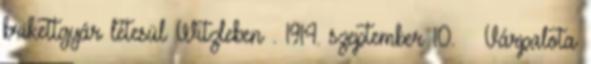
brikettgyár létesül Witzleben . 1914. szeptember 10. – Várpalota